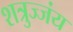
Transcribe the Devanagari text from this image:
शत्रुज्जंय